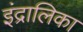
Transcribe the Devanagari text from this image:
इंद्रालिका